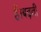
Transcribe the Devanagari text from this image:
हैं।बढ़ती